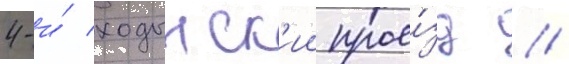
4-и́ ходынск'ии прое́зд //